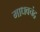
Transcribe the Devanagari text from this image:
माधवचंद्र